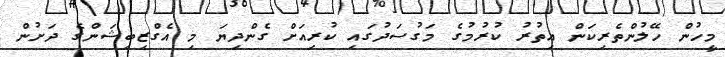
މީހުން ހޭލުންތެރިކަން އިތުރު ކުރުމުގެ މަގުސަދުގައި ކުރިއަށް ގެންދިޔަ މި އެގްޒިބިޝަންގެ ދަށުން